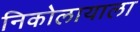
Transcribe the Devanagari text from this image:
निकोलायाला